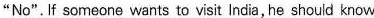
"No". If someone wants to visit India, he should know